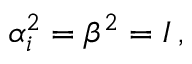
\alpha _ { i } ^ { 2 } = \beta ^ { 2 } = I \, ,